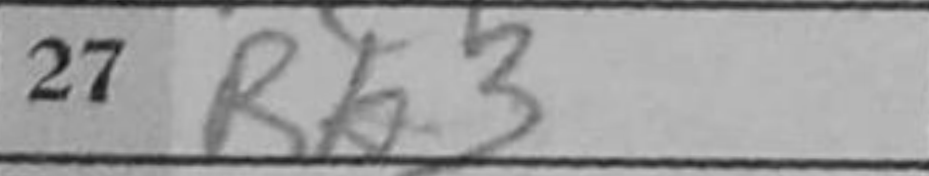
Transcription: Rb3